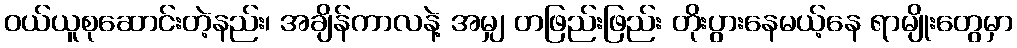
ဝယ်ယူစုဆောင်းတဲ့နည်း၊ အချိန်ကာလနဲ့ အမျှ တဖြည်းဖြည်း တိုးပွားနေမယ့်နေ ရာမျိုးတွေမှာ